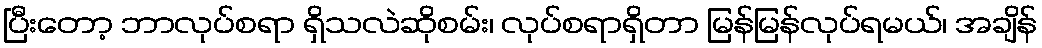
ပြီးတော့ ဘာလုပ်စရာ ရှိသလဲဆိုစမ်း၊ လုပ်စရာရှိတာ မြန်မြန်လုပ်ရမယ်၊ အချိန်